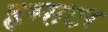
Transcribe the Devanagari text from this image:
हम्सटर